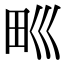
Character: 𤰝